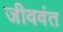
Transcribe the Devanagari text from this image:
जीववंत